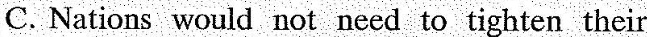
C. Nations would not need to tighten their